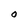
Character: O